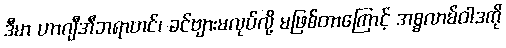
ဒီမာ ဟာဂျီအီဘရာဟင်၊ ခင်ဗျားမလုပ်လို့ မဖြစ်တာကြောင့် အစ္စလာမ်ဝါဒကို